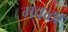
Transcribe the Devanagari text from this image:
गवळा